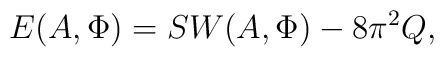
E(A,\Phi)=SW(A,\Phi)-8\pi^2 Q,